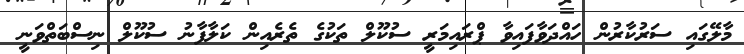
މާލޭގައި ސަރުކާރުން ހައްދަވާފައިވާ ޕްރައިމަރީ ސުކޫލް ތަކުގެ ތެރެއިން ކަލާފާނު ސުކޫލް ނިސްބަތްވަނީ